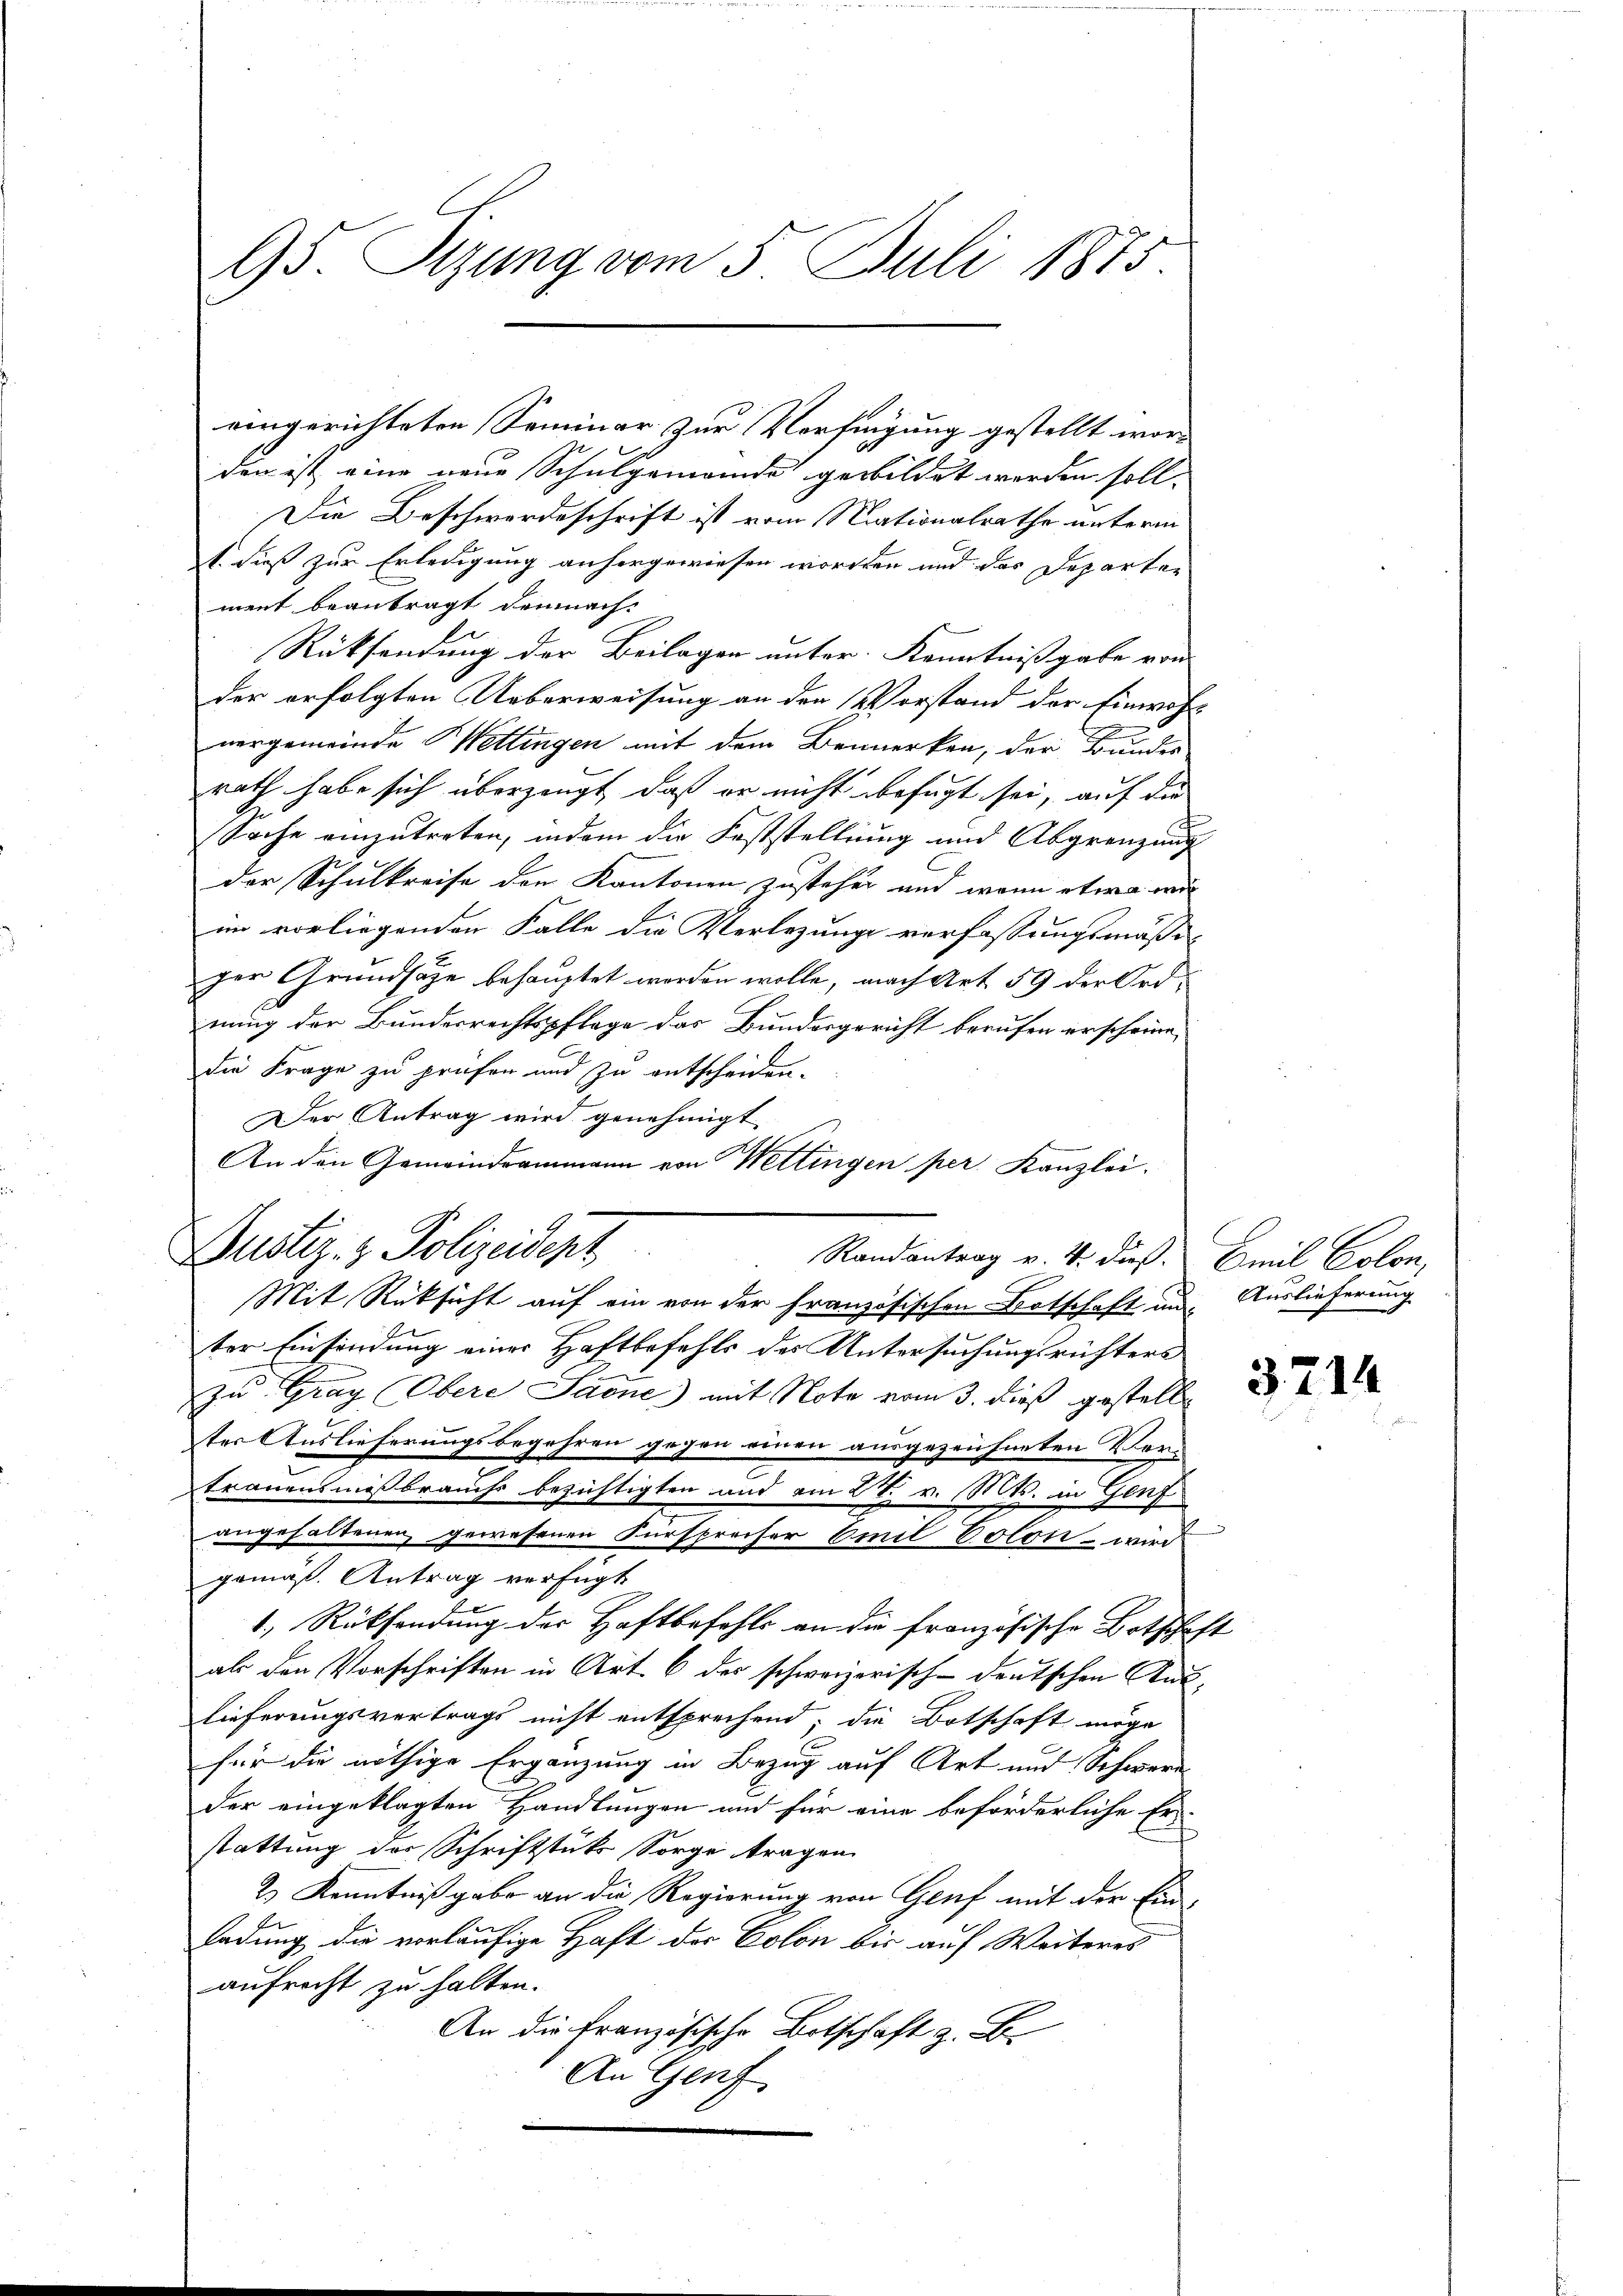
95. Sizung vom 5. Juli 1875.

eingerichteten Seminar zur Verfügung gestellt worden ist eine neue Schulgemeinde gebildet werden soll.
Die Beschwerdeschrift ist vom Nationalrathe unterm
s. dieß zur Erledigung anhergewiesen worden und das Departen
ment beantragt demnach
Rücksendung der Beilagen unter Kenntnißgabe von
der erfolgten Ueberweisung an den Vorstand der Einwohn
nergemeinde Mettingen mit dem Bemerken, der Bundes
rath habe sich überzeugt, daß er nicht befugt sei, auf di
Sache einzutreten, indem die Feststellung und Abgrenzung
der Schulkreise den Kantonen zustehen und wenn etwa wir
im vorliegenden Falle die Verlegung verfassungsmäßi
ger Grundsätze behauptet worden wolle, nach Art. 59 der Ordnung der Bundesrechtspflege das Bundesgericht berufen erscheine,
die Frage zu prüfen und zu entscheiden.
Der Antrag wird genehmigt
An den Gemeindrammann von Wettingen per Kanzlei.
Bustiz- & Polizeidept
Randantrag v. 4. dieß. Emil Colon,
Mit Rüksicht auf ein von der französischen Botschaft und Auslieferung
ter Einsindung einer Haftbefehls der Untersuchungsrichters
zu Graz (Obere Saene) mit Note vom 3. dieß gestellter Auslieferungsbegehren gegen einen ausgezeichneten Vertrauensmißbrauchs bezichtigten und am 27. v. Mts. in Genf
angehaltenen gewesenen Fürspreiser Emil Volon wird
gemaß. Antrag verfügt
1.) Rücksendung der Haftbefehls an die französische Botschaft
als den Vorschriften in Art. 6 des schweizerisch-deutschen Aus
lieferungsvertrags nicht entsprechend; die Botschaft möge
für die nöthige Ergänzung in Bezug auf Art und Schwere
Der eingeklagten Handlungen und für eine beförderliche Er-
stattung der Schriftstück Sorge tragen
2.) Kenntnißgabe an die Regierung von Genf mit der Ein-
ladung die vorläufige Haft der Colon bis auf Weiteres
aufrecht zu halten.
An die Französische Botschaft z. B.
An Genf

3714